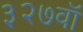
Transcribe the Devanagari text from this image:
३२७वॉ